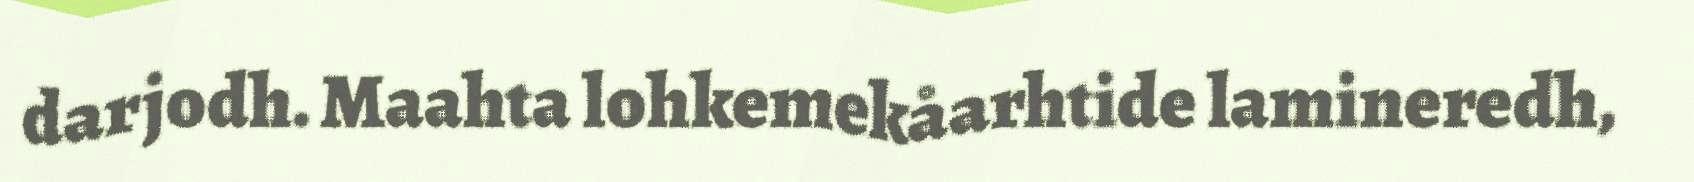
darjodh. Maahta lohkemekåarhtide lamineredh,